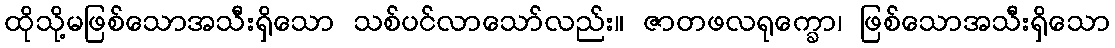
ထိုသို့မဖြစ်သောအသီးရှိသော သစ်ပင်လာသော်လည်း။ ဇာတဖလရုက္ခော၊ ဖြစ်သောအသီးရှိသော